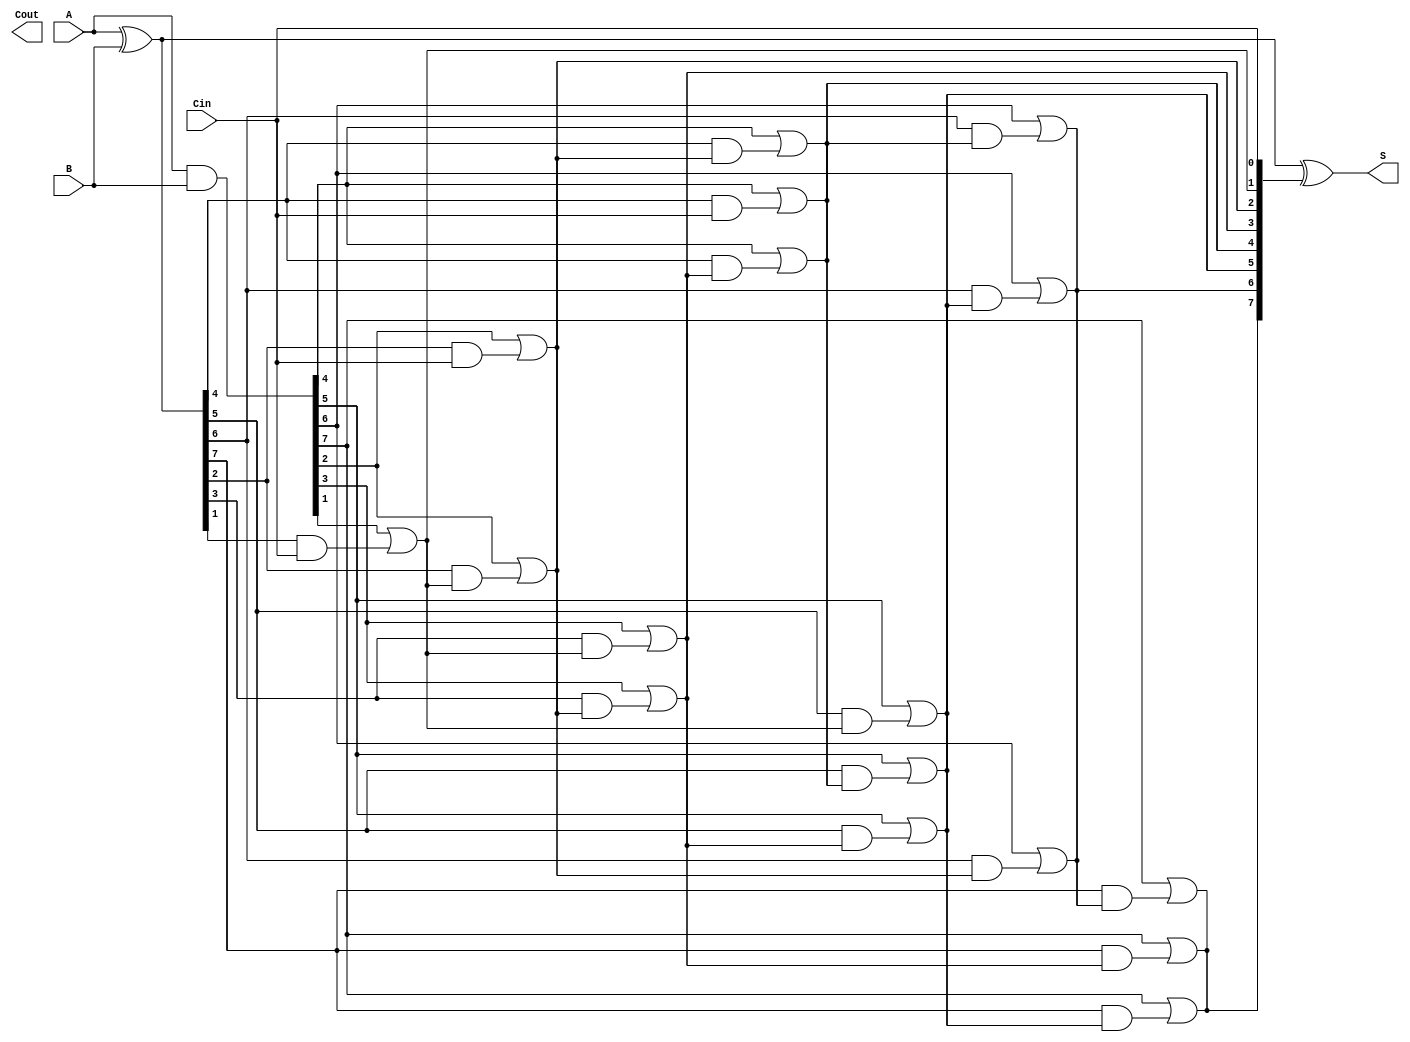
module KoggeStoneAdder #(
    parameter N = 8  // Width of the input numbers
)(
    input  [N-1:0] A,    // First input
    input  [N-1:0] B,    // Second input
    input         Cin,    // Carry input
    output [N-1:0] S,     // Sum output
    output        Cout     // Carry output
);

    wire [N-1:0] G;       // Generate signals
    wire [N-1:0] P;       // Propagate signals
    wire [N:0] C;         // Carry signals

    // Generate and Propagate signals
    assign G = A & B;     // Generate
    assign P = A ^ B;     // Propagate

    // Carry signals initialization
    assign C[0] = Cin;    // Initial carry input

    // Kogge-Stone carry generation
    genvar i, j;
    generate
        for (j = 1; j <= $clog2(N); j = j + 1) begin : carry_stage
            for (i = 0; i < N; i = i + 1) begin : carry_gen
                if (i >= (1 << (j - 1))) begin
                    assign C[i] = G[i] | (P[i] & C[i - (1 << (j - 1))]);
                end
            end
        end
    endgenerate

    // Sum calculation
    assign S = P ^ C[N-1:0]; // Sum bits
    assign Cout = C[N];      // Final carry out

endmodule